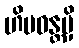
ဟိမဝန္တမှိ